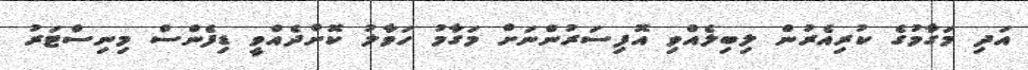
އަދި މަގާމުގެ ކުރިއެރުން ލިބިލެއްވި އޮފިސަރުންނަށް މަގާމު ހަވާލު ކޮށްދެއްވީ ޑިފެންސް މިނިސްޓަރު